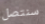
سنتصل